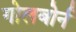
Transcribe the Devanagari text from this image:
गोलबोर्न